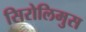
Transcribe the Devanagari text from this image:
सिरोलिमुस